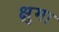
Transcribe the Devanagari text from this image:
क्षुमा